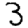
Digit: 3